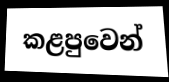
කළපුවෙන්